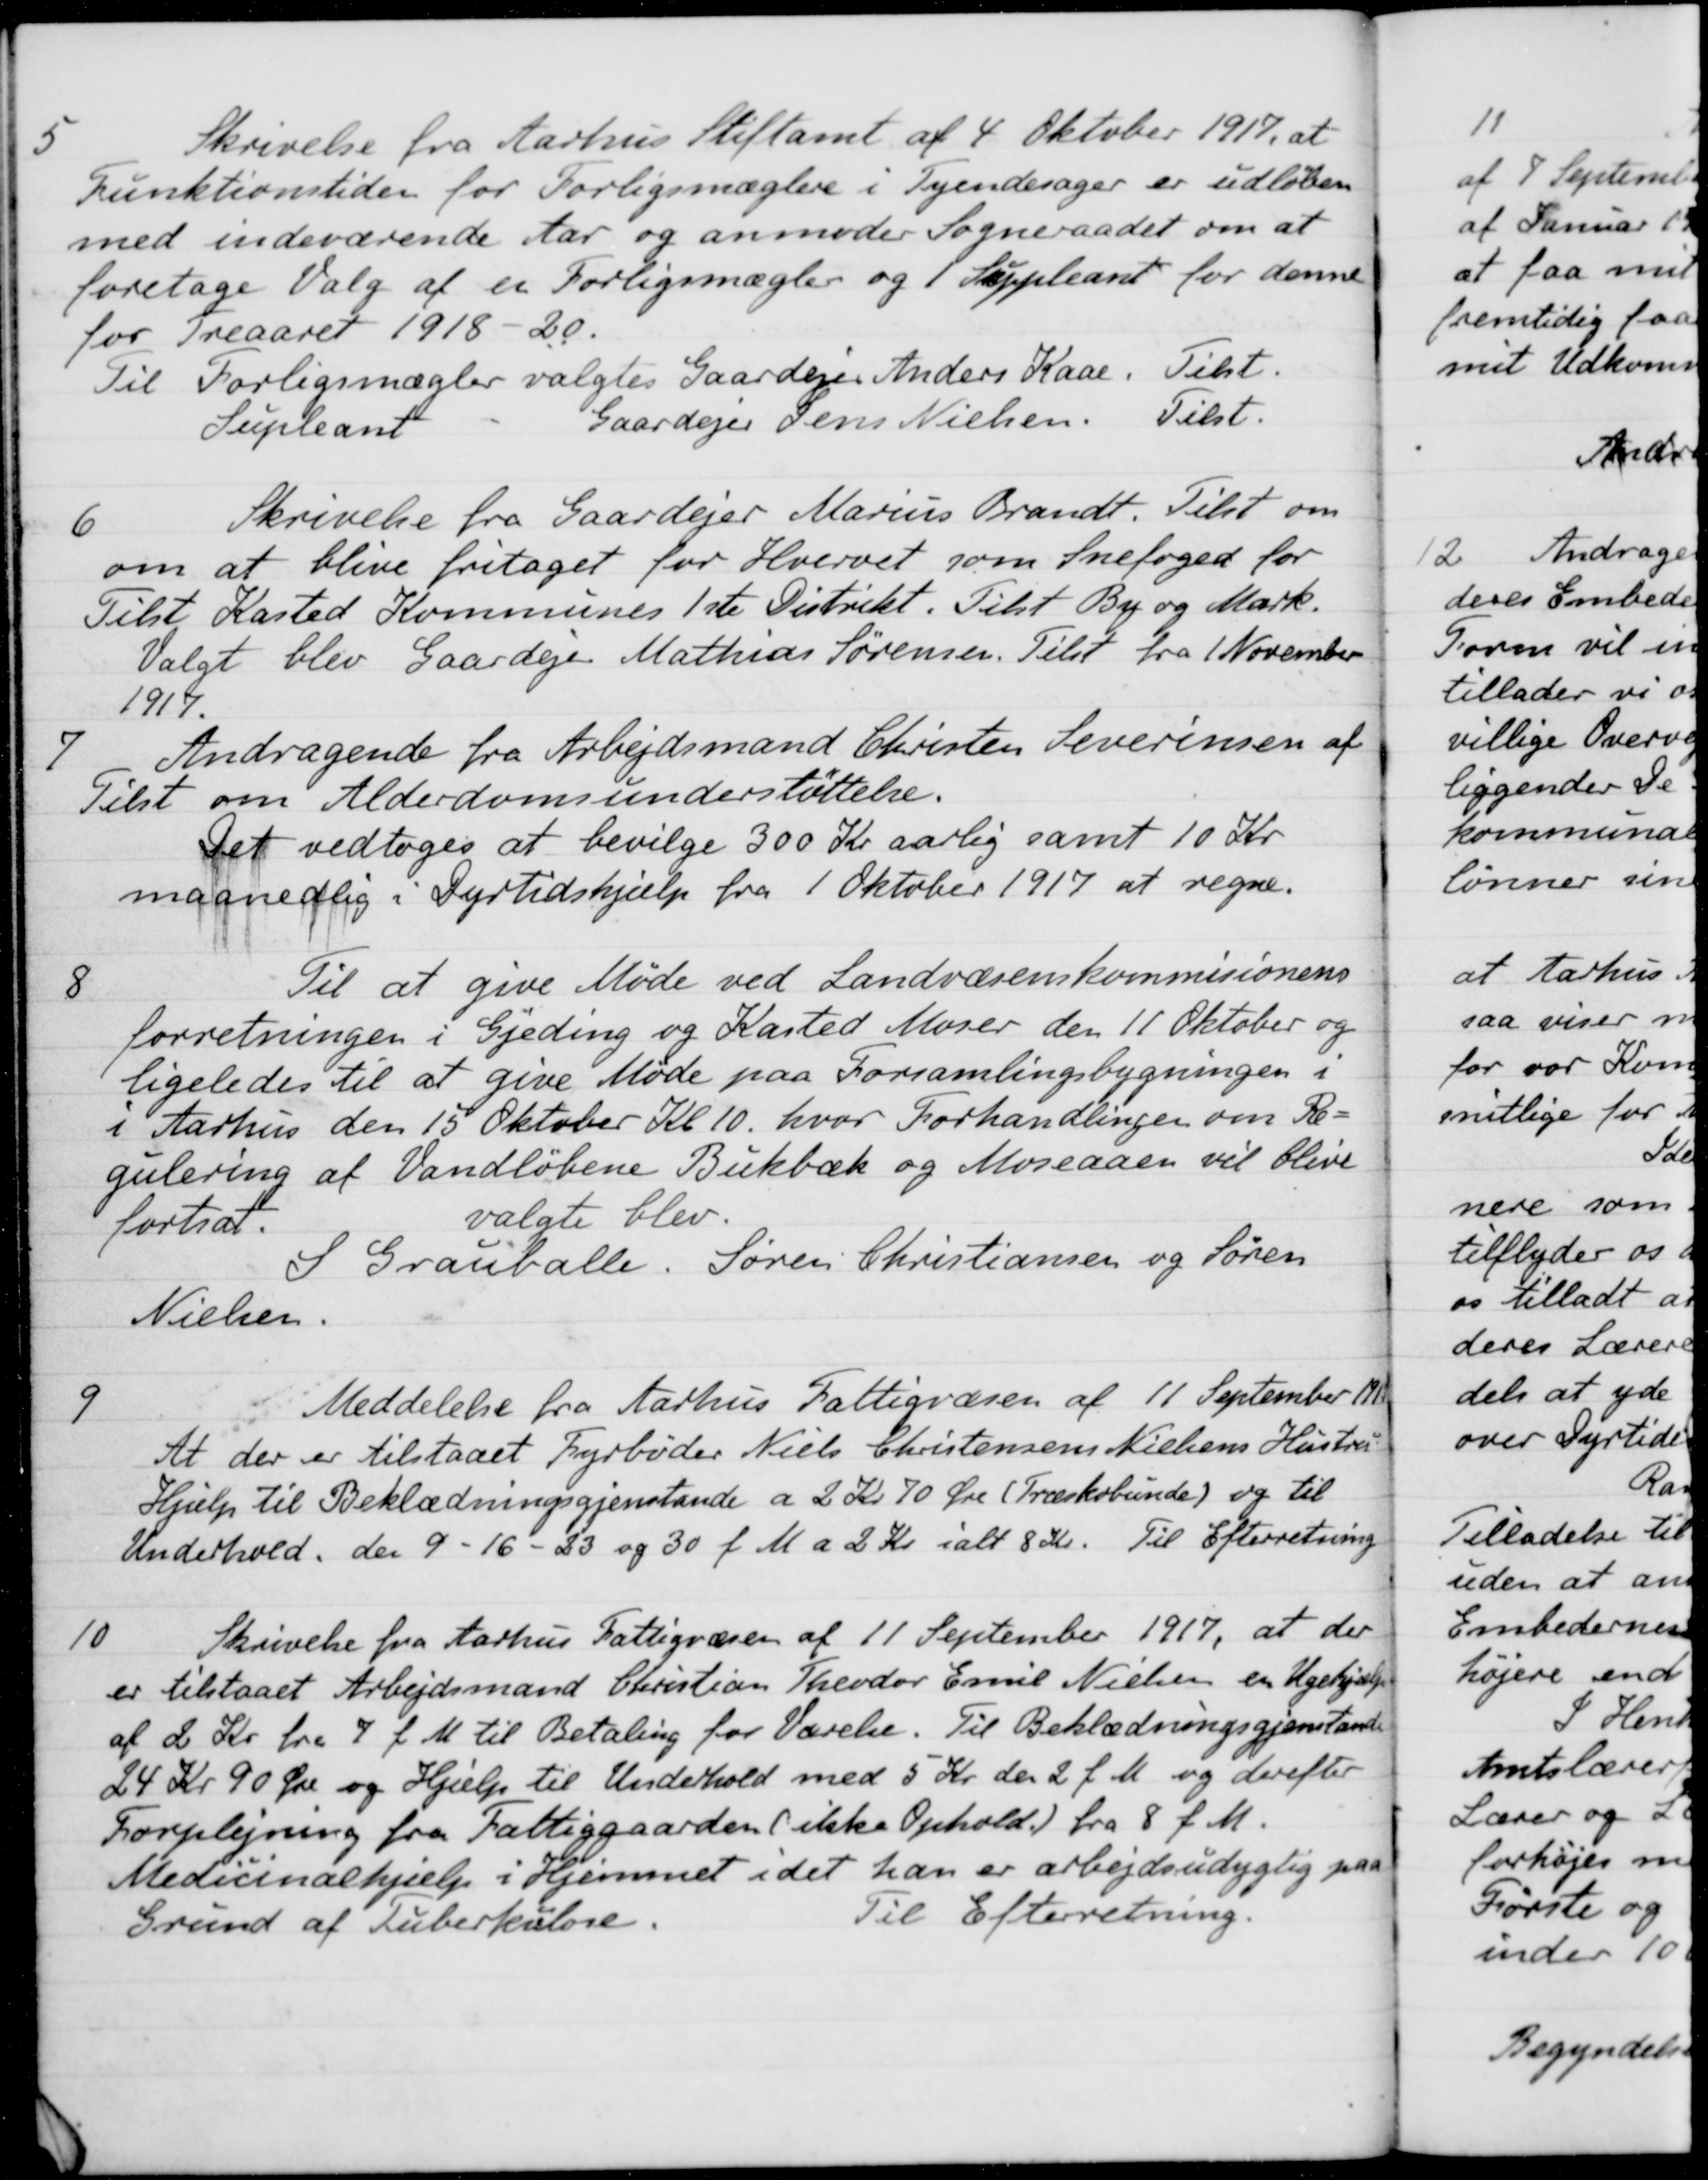
Transskription:
5
Skrivelse fra Aarhus Stiftamt af 4 Oktober 1917, at
Funktionstiden for Forligsmæglere i Tyendesager er udløben
med indeværende Aar og anmoder Sogneraadet om at
foretage Valg af en Forligsmægler og 1 Suppleant for denne
for Treaaret 1918-20.
Til Forligsmægler valgtes Gaardejer Anders Kaae. Tilst.
Supleant
Gaardejer Jens Nielsen. Tilst.
6
Skrivelse fra Gaardejer Marius Brandt. Tilst om
om at blive fritaget for Hvervet som Snefoged for
Tilst Kasted Kommunes 1ste Distrikt. Tilst By og Mark.
Valgt blev Gaardejer Mathias Sørensen. Tilst fra 1 November
1917.
7
Andragende fra Arbejdsmand Christen Severinsen af
Tilst om Alderdomsunderstøttelse.
Det vedtoges at bevilge 300 Kr aarlig samt 10 Kr.
maanedlig i Dyrtidshjælp fra 1 Oktober 1917 at regne.
8
Til at give Møde ved Landvæsenskommisionens
forretningen i Gjeding og Kasted Moser den 11 Oktober og
ligeledes til at give Møde paa Forsamlingsbygningen i
i Aarhus den 15 Oktober Kl 10, hvor Forhandlinger om Re-
gulering af Vandløbene Bukbæk og Moseaaen vil blive
fortsat.
valgte blev.
S Grauballe Søren Christiansen og Søren
Nielsen.
9
Meddelelse fra Aarhus Fattigvæsen af 11 September 1917
At der er tilstaaet Fyrbøder Niels Christensens Nielsens Hustru
Hjælp til Beklædningsgjenstande a 2 Kr 70 Øre (Træskobunde) og til
Underhold, der 9 - 16 - 23 og 30 f. M a 2 Kr. ialt 8 Kr. Til Efterretning
10
Skrivelse fra Aarhus Fattigvæsen af 11 September 1917, at der
er tilstaaet Arbejdsmand Christian Theodor Emil Nielsen en Ugehjælp
af 2 Kr. fra 7 f. M. til Betaling for Værelse. Til Beklædningsgjenstande
24 Kr 90 Øre og Hjælp til Underhold med 5 Kr. den 2 f. M. og derefter
Forplejning fra Fattiggaarden (ikke Ophold) fra 8 f. M.
Medicinalhjælp i Hjemmet i det han er arbejdsudygtig paa
Grund af Tuberkulose.
Til Efterretning.